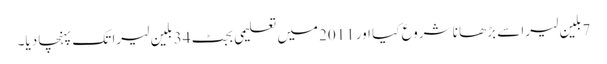
7بلین لیرا سے بڑھا نا شروع کیا اور 2011میں تعلیمی بجٹ 34 بلین لیرا تک پہنچا دیا۔